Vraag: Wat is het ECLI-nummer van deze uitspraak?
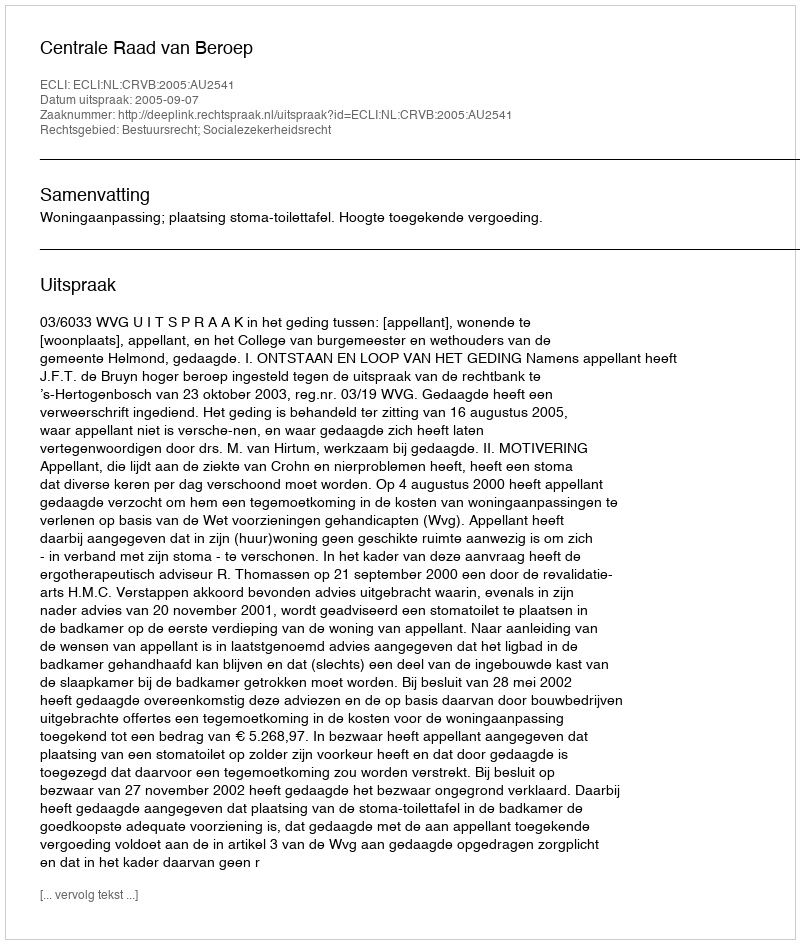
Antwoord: ECLI:NL:CRVB:2005:AU2541